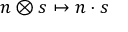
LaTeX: n \otimes s \mapsto n \cdot s